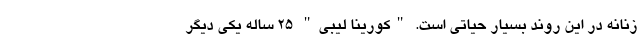
زنانه در این روند بسیار حیاتی است. "کورینا لیبی" 25 ساله یکی دیگر